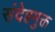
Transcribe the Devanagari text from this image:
संदेहमुक्त